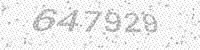
Solution: 647929